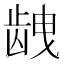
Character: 𱌱